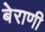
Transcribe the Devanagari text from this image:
बेराणी